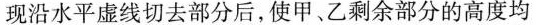
现沿水平虚线切去部分后，使甲、乙剩余部分的高度均